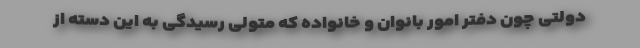
دولتی چون دفتر امور بانوان و خانواده که متولی رسیدگی به این دسته از